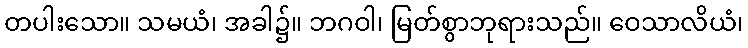
တပါးသော။ သမယံ၊ အခါ၌။ ဘဂဝါ၊ မြတ်စွာဘုရားသည်။ ဝေသာလိယံ၊